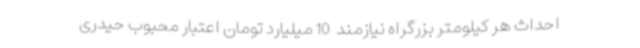
احداث هر کیلومتر بزرگراه نیازمند  10 میلیارد تومان اعتبار محبوب حیدری